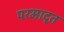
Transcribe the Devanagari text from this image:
परमादृत